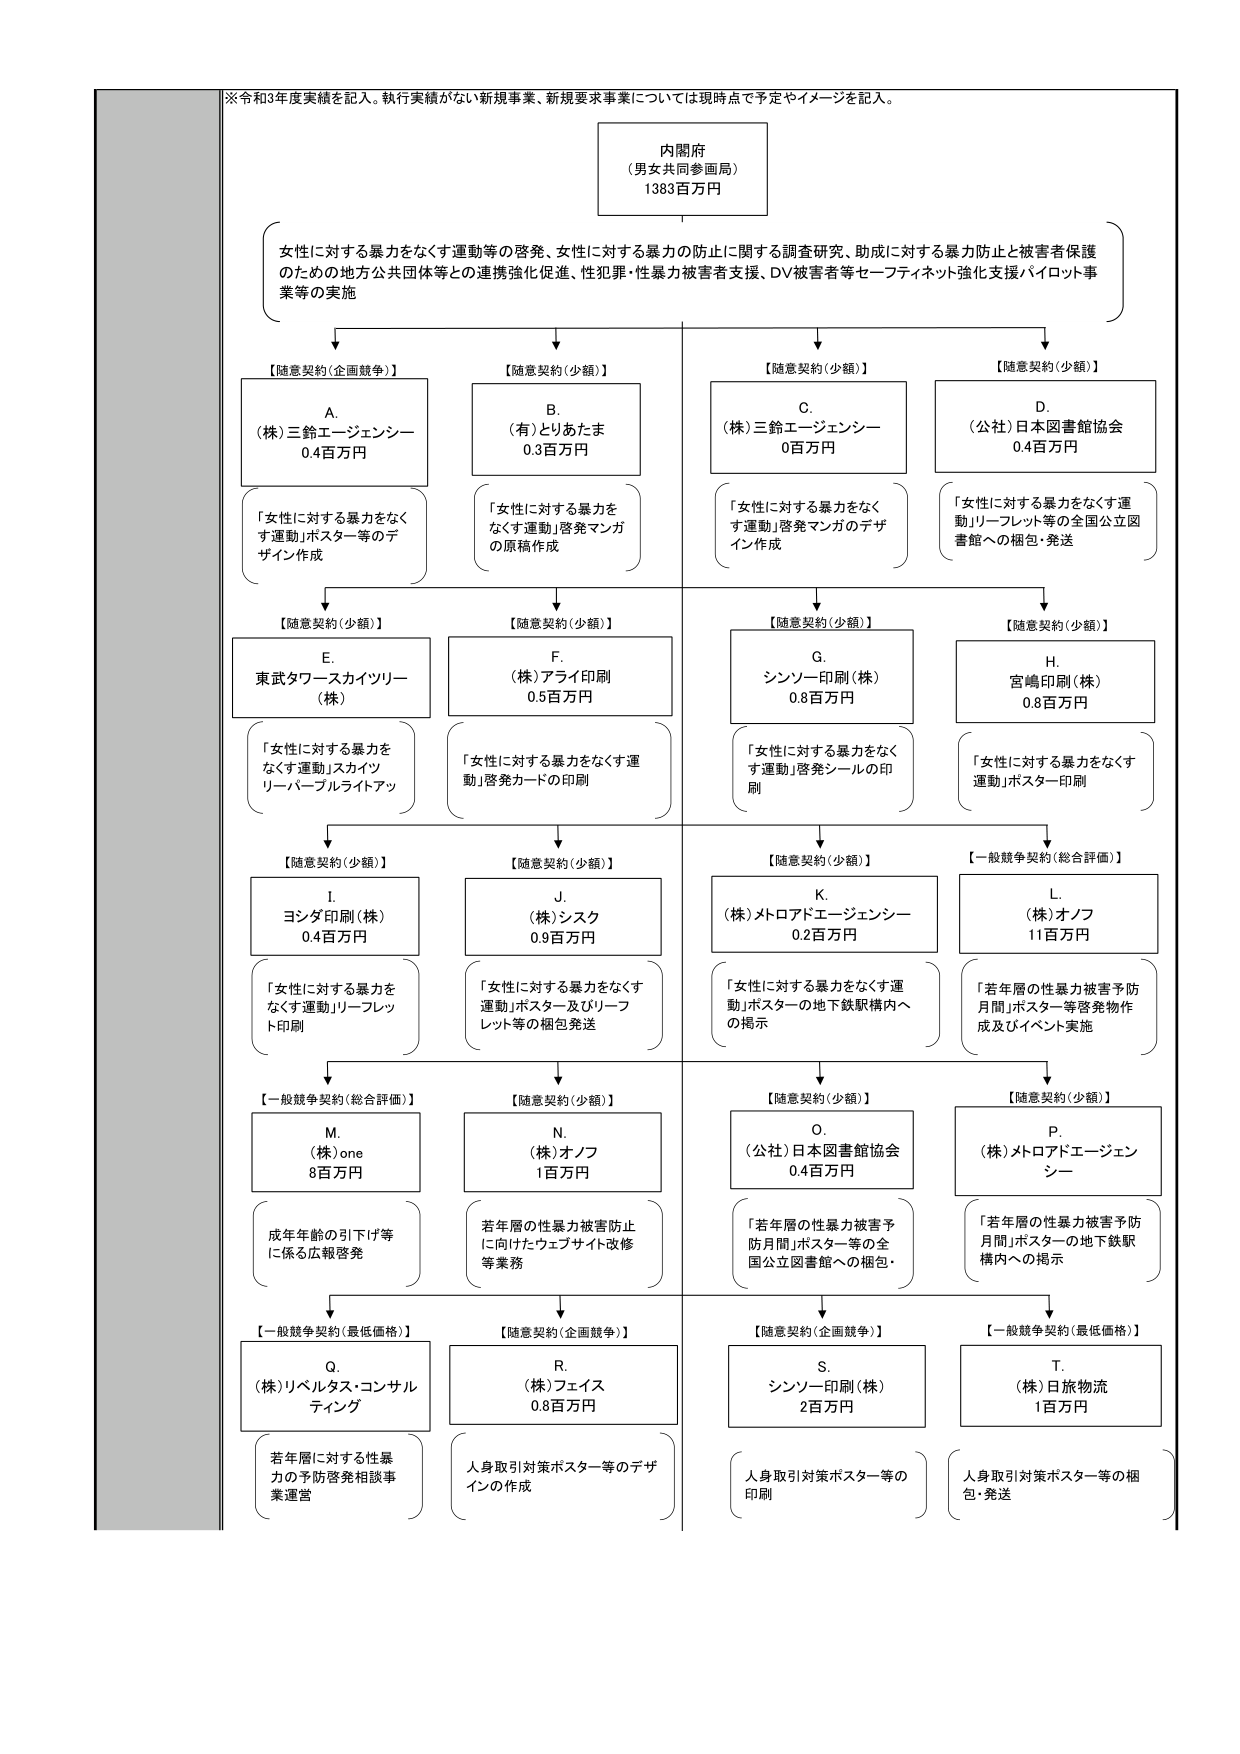
※令和3年度実績を記入。執行実績がない新規事業、新規要求事業については現時点で予定やイメージを記入。

内閣府
（男女共同参画局）
1383百万円

女性に対する暴力をなくす運動等の啓発、女性に対する暴力の防止に関する調査研究、助成に対する暴力防止と被害者保護のための地方公共団体等との連携強化促進、性犯罪・性暴力被害者支援、DV被害者等セーフティネット強化支援パイロット事業等の実施

【随意契約（企画競争）】
A. （株）三鈴エージェンシー
0.4百万円
「女性に対する暴力をなくす運動」ポスター等のデザイン作成

【随意契約（少額）】
B. （有）とりあたま
0.3百万円
「女性に対する暴力をなくす運動」啓発マンガの原稿作成

【随意契約（少額）】
C. （株）三鈴エージェンシー
0百万円
「女性に対する暴力をなくす運動」啓発マンガのデザイン作成

【随意契約（少額）】
D. （公社）日本図書館協会
0.4百万円
「女性に対する暴力をなくす運動」リーフレット等の全国公立図書館への梱包・発送

【随意契約（少額）】
E. 東武タワースカイツリー（株）
「女性に対する暴力をなくす運動」スカイツリーパーブルライトアップ

【随意契約（少額）】
F. （株）アライ印刷
0.5百万円
「女性に対する暴力をなくす運動」啓発カードの印刷

【随意契約（少額）】
G. シンソー印刷（株）
0.8百万円
「女性に対する暴力をなくす運動」啓発シールの印刷

【随意契約（少額）】
H. 宮崎印刷（株）
0.8百万円
「女性に対する暴力をなくす運動」ポスター印刷

【随意契約（少額）】
I. ヨシダ印刷（株）
0.4百万円
「女性に対する暴力をなくす運動」リーフレット印刷

【随意契約（少額）】
J. （株）シスク
0.9百万円
「女性に対する暴力をなくす運動」ポスター及びリーフレット等の梱包発送

【随意契約（少額）】
K. （株）メトロアドエージェンシー
0.2百万円
「女性に対する暴力をなくす運動」ポスターの地下鉄駅構内への掲示

【一般競争契約（総合評価）】
L. （株）オノフ
11百万円
「若年層の性暴力被害予防月間」ポスター等啓発物作成及びイベント実施

【一般競争契約（総合評価）】
M. （株）one
8百万円
成年年齢の引下げ等に係る広報啓発

【随意契約（少額）】
N. （株）オノフ
1百万円
若年層の性暴力被害防止に向けたウェブサイト改修等業務

【随意契約（少額）】
O. （公社）日本図書館協会
0.4百万円
「若年層の性暴力被害予防月間」ポスター等の全国公立図書館への梱包・

【随意契約（少額）】
P. （株）メトロアドエージェンシー
「若年層の性暴力被害予防月間」ポスターの地下鉄駅構内への掲示

【一般競争契約（最低価格）】
Q. （株）リベルタス・コンサルティング
若年層に対する性暴力の予防啓発相談事業運営

【随意契約（企画競争）】
R. （株）フェイス
0.8百万円
人身取引対策ポスター等のデザインの作成

【随意契約（企画競争）】
S. シンソー印刷（株）
2百万円
人身取引対策ポスター等の印刷

【一般競争契約（最低価格）】
T. （株）日旅物流
1百万円
人身取引対策ポスター等の梱包・発送